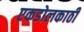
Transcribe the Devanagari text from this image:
एकडोलकाठी